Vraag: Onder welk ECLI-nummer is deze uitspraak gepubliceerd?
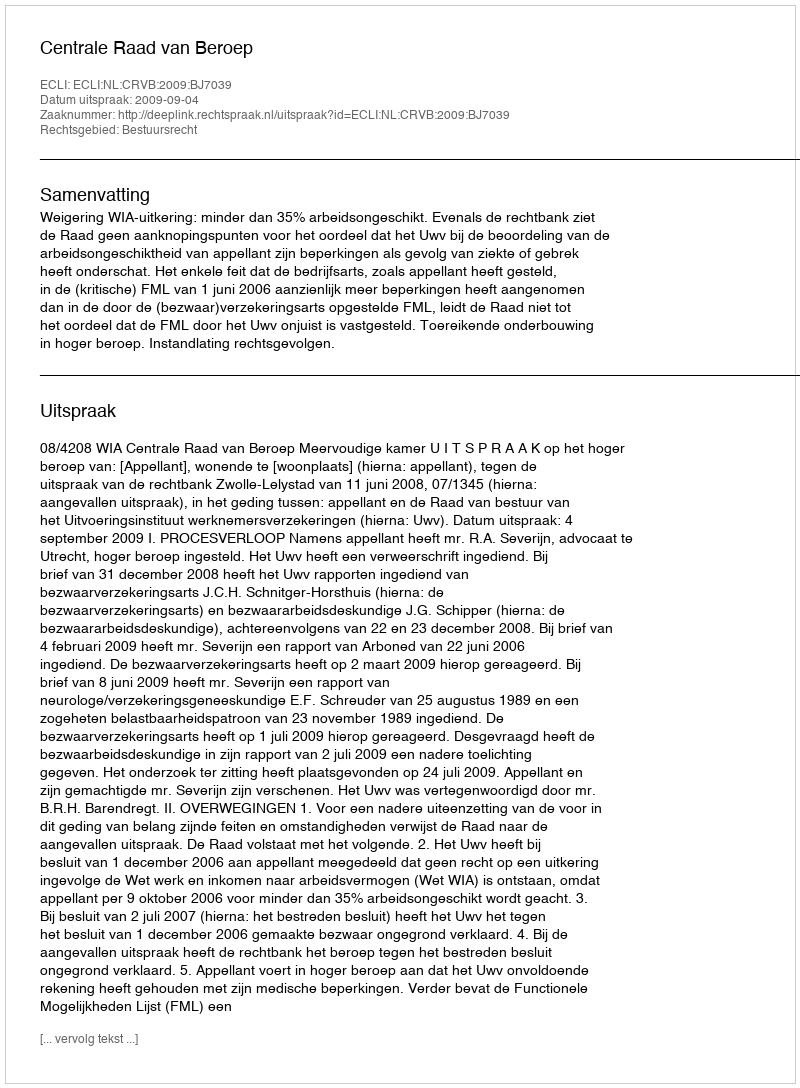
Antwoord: ECLI:NL:CRVB:2009:BJ7039